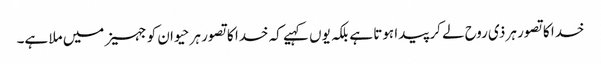
خدا کا تصور ہر ذی روح لے کر پیدا ہوتا ہے بلکہ یوں کہیے کہ خدا کا تصور ہر حیوان کو جہیز میں ملا ہے۔